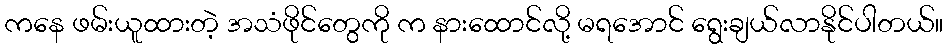
ကနေ ဖမ်းယူထားတဲ့ အသံဖိုင်တွေကို က နားထောင်လို့ မရအောင် ရွေးချယ်လာနိုင်ပါတယ်။